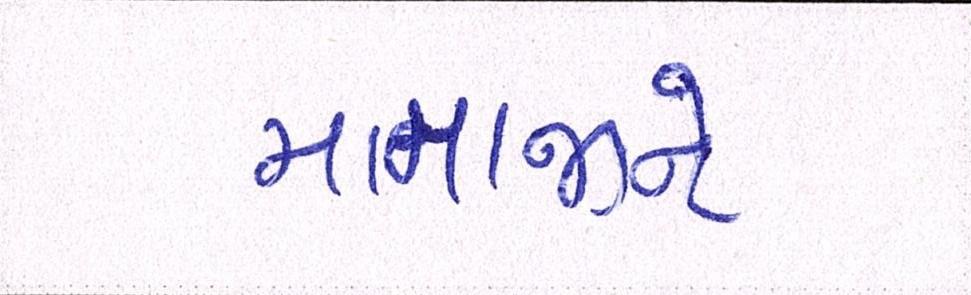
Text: મામાજીને